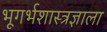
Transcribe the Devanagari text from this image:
भूगर्भशास्त्रज्ञाला